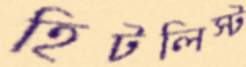
হিটলিস্ট